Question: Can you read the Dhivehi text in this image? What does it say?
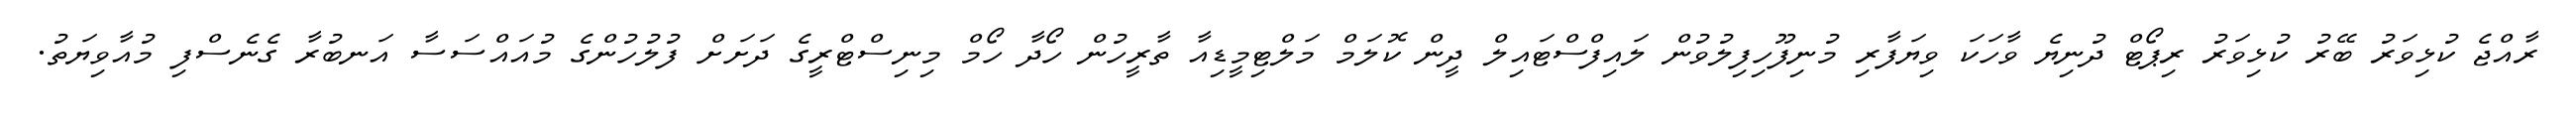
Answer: ރާއްޖެ ކުޅިވަރު ބޭރު ކުޅިވަރު ރިޕޯޓް ދުނިޔެ ވާހަކަ ވިޔަފާރި މުނިފޫހިފިލުވުން ލައިފްސްޓައިލް ދީން ކޮލަމް މަލްޓިމީޑިއާ ތާރީހުން ހޯދާ ހޯމް މިނިސްޓްރީގެ ދަށަށް ފުލުހުންގެ މުއައްސަސާ އަނބުރާ ގެނެސްފި މުއާވިޔަތު.